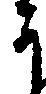
于